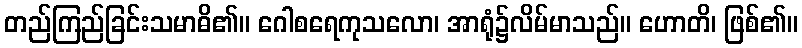
တည်ကြည်ခြင်းသမာဓိ၏။ ဂေါစရေကုသလော၊ အာရုံ၌လိမ်မာသည်။ ဟောတိ၊ ဖြစ်၏။